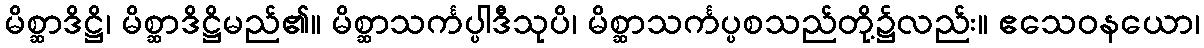
မိစ္ဆာဒိဋ္ဌိ၊ မိစ္ဆာဒိဋ္ဌိမည်၏။ မိစ္ဆာသင်္ကပ္ပါဒီသုပိ၊ မိစ္ဆာသင်္ကပ္ပစသည်တို့၌လည်း။ ဧသေဝနယော၊